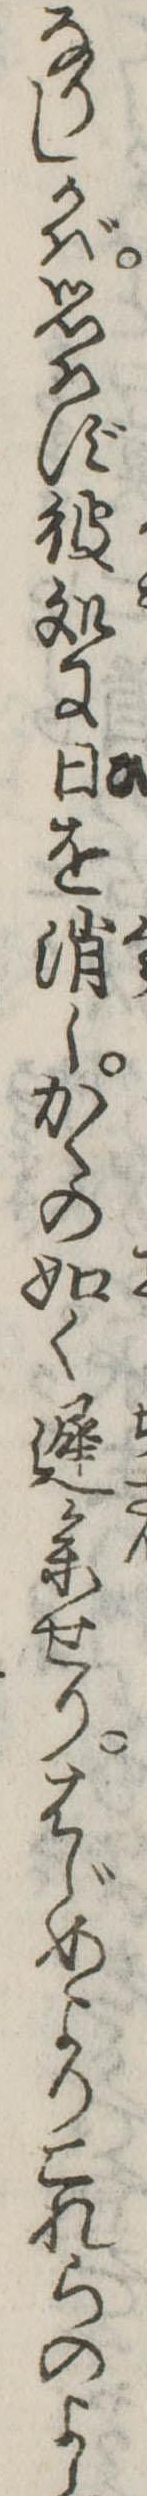
なりしかば思はず彼処に日を消しかくの如く遅参せりはじめよりこれらのよし